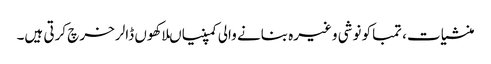
منشیات، تمباکو نوشی وغیرہ بنانے والی کمپنیاںلاکھوں ڈالر خرچ کرتی ہیں۔